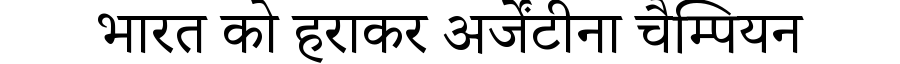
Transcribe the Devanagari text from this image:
भारत को हराकर अर्जेंटीना चैम्पियन